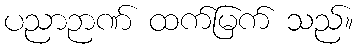
ပညာဉာဏ် ထက်မြက် သည်။